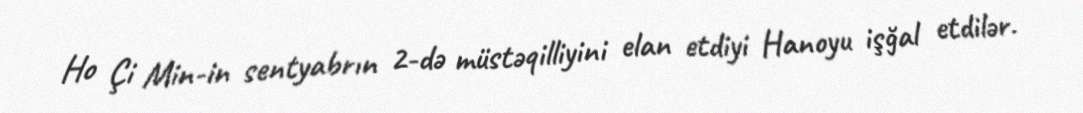
Ho Çi Min-in sentyabrın 2-də müstəqilliyini elan etdiyi Hanoyu işğal etdilər.